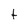
Character: t